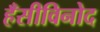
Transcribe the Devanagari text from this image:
हँसीविनोद